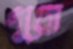
থুয়ে